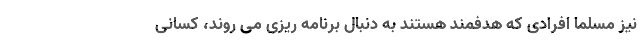
نیز مسلما افرادی که هدفمند هستند به دنبال برنامه ریزی می روند، کسانی